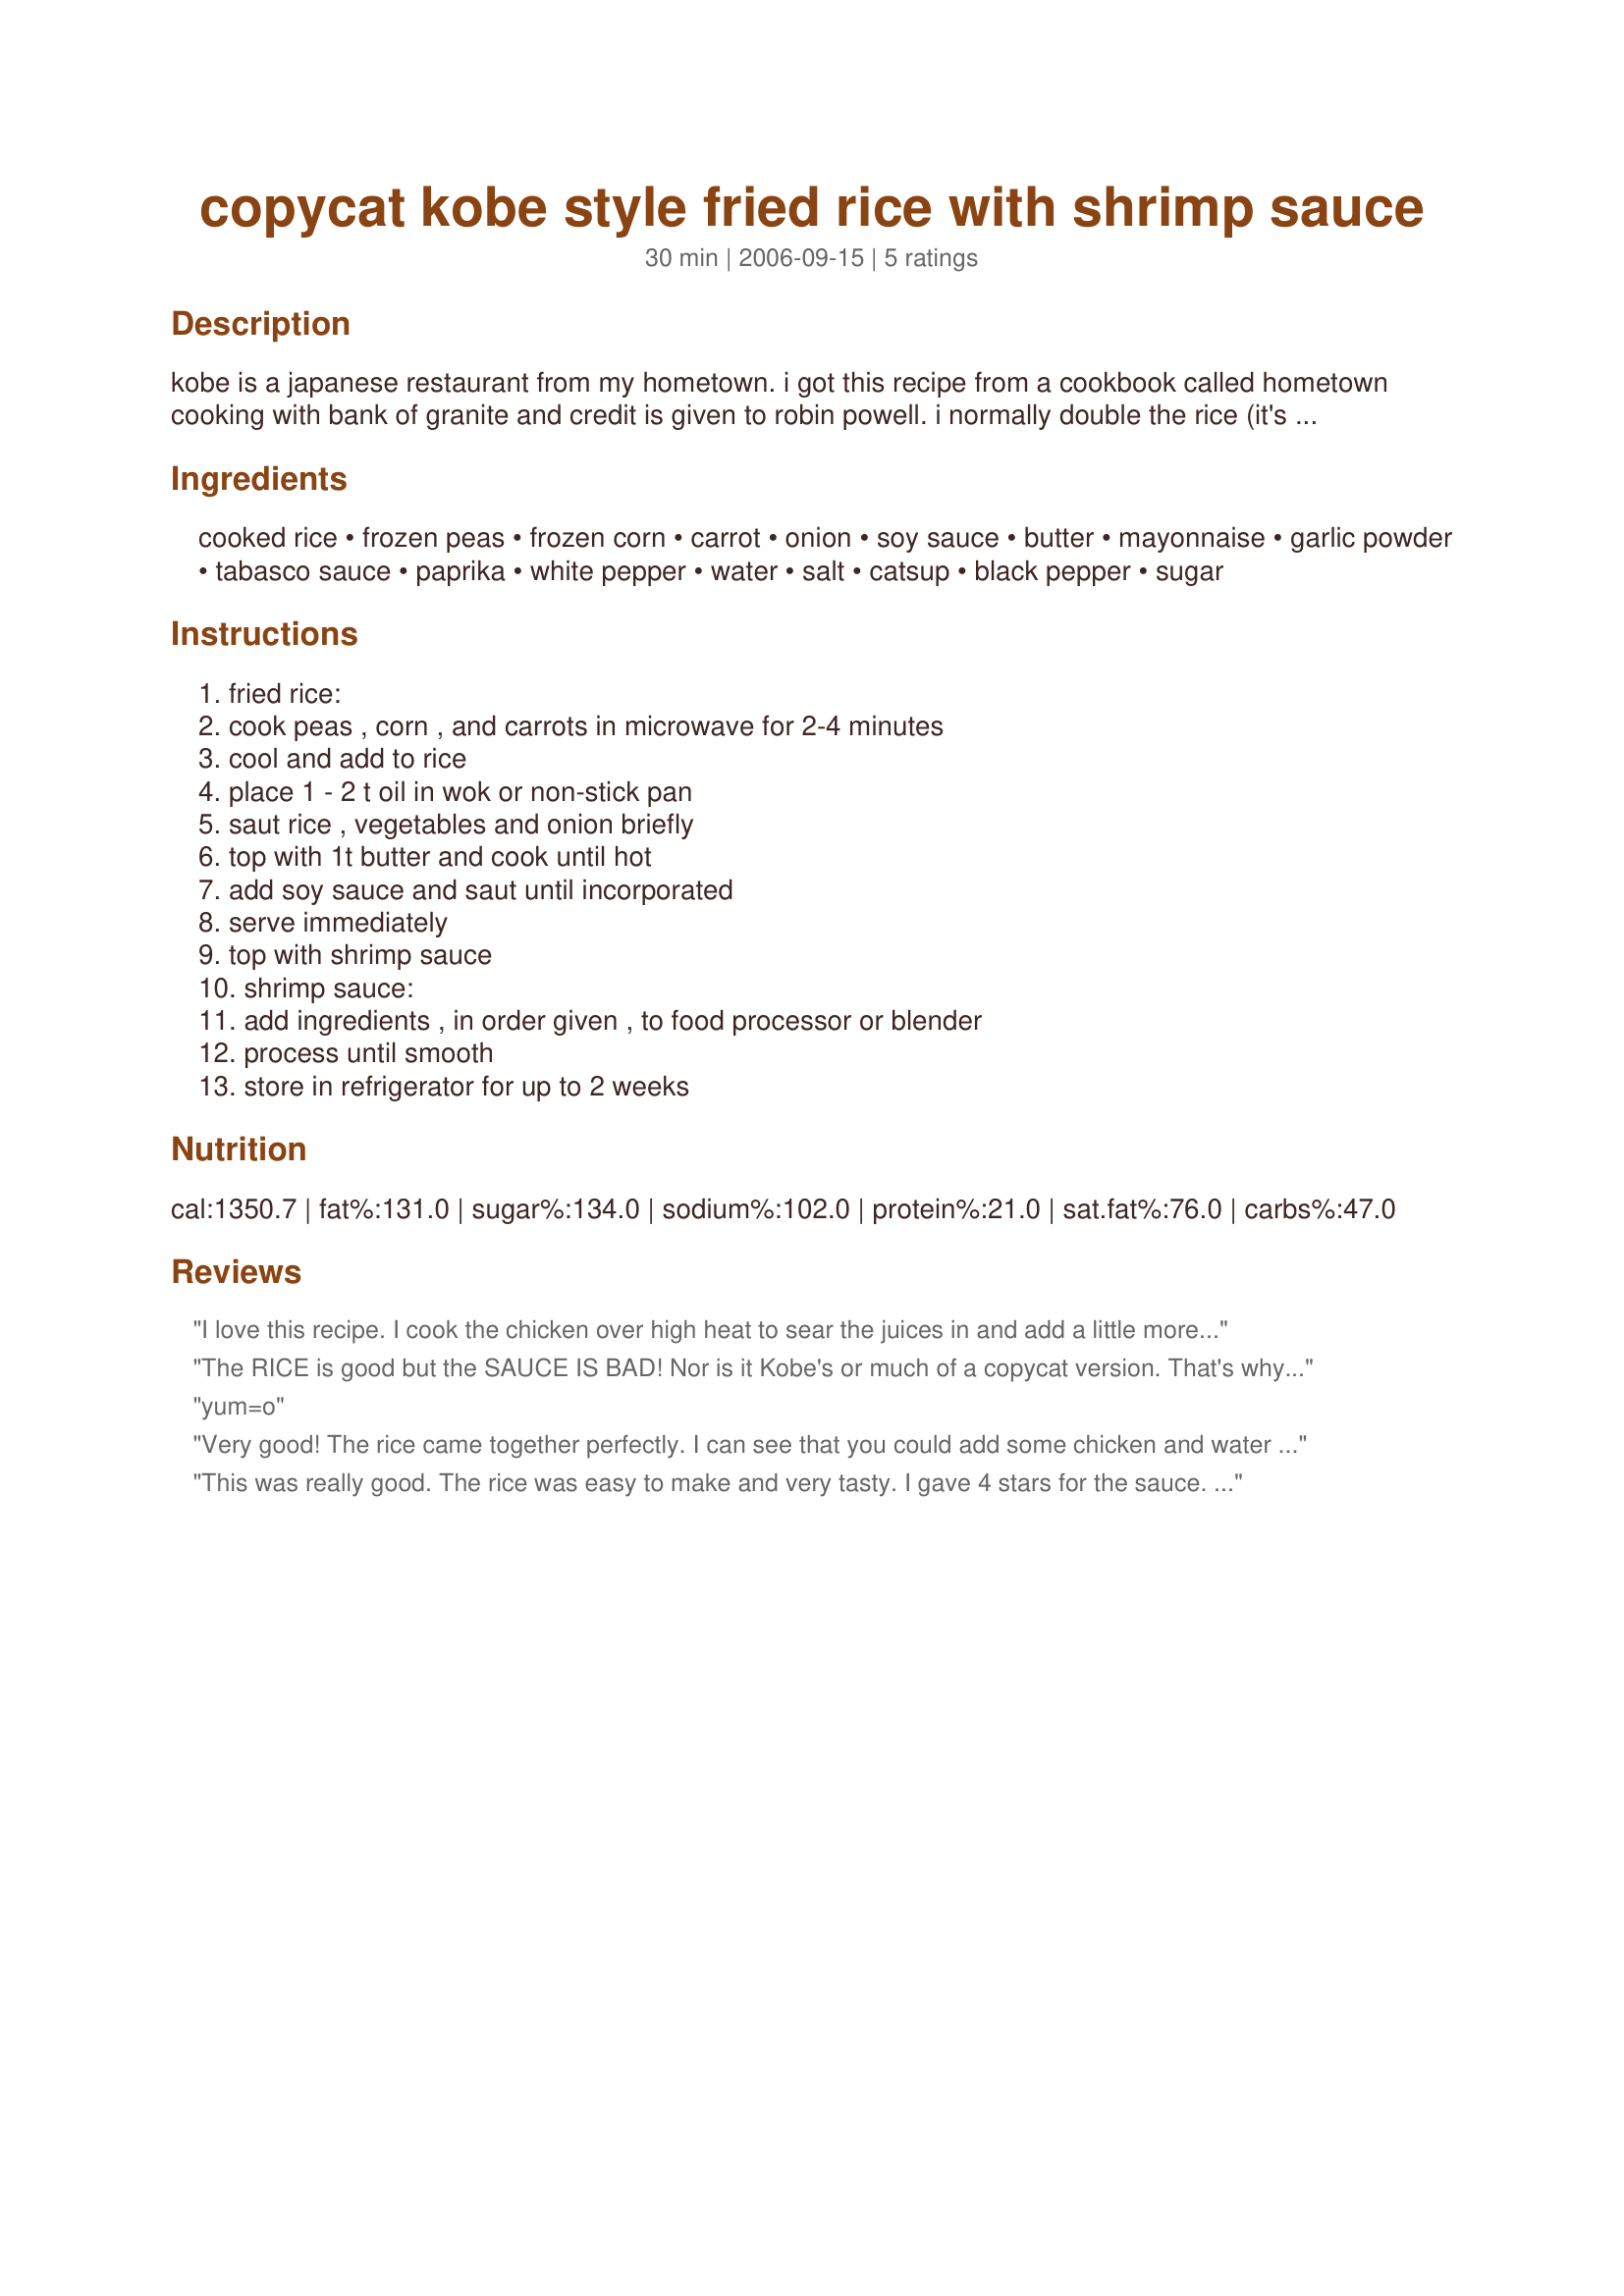
copycat kobe style fried rice with shrimp sauce
Preparation time: 30 minutes

kobe is a japanese restaurant from my hometown. i got this recipe from a cookbook called hometown cooking with bank of granite and credit is given to robin powell. i normally double the rice (it's that good!) and 1/2 the "shrimp sauce" as it goes a long way. i am listing it here exactly as it is printed. ps- shrimp sauce is kobe's name for it there is no shrimp anywhere near it. i serve it with recipe #186388.

Ingredients:
cooked rice, frozen peas, frozen corn, carrot, onion, soy sauce, butter, mayonnaise, garlic powder, tabasco sauce, paprika, white pepper, water, salt, catsup, black pepper, sugar

Steps:
fried rice:, cook peas , corn , and carrots in microwave for 2-4 minutes, cool and add to rice, place 1 - 2 t oil in wok or non-stick pan, saut rice , vegetables and onion briefly, top with 1t butter and cook until hot, add soy sauce and saut until incorporated, serve immediately, top with shrimp sauce, shrimp sauce:, add ingredients , in order given , to food processor or blender, process until smooth, store in refrigerator for up to 2 weeks

Reviews:
I love this recipe. I cook the chicken over high heat to sear the juices in and add a little more tobasco to the shrimp sauce 'cause I like it HOT!! My family asks for it all of the time!!!
The RICE is good but the SAUCE IS BAD! Nor is it Kobe's or much of a copycat version. That's why only 2 stars. As for Kobe's fried rice, I just had their hibachi grill and watch them cook the rice. They used NO VEG OR SOY SAUCE! It's white cooked riced slightly cooled, a whole lot of butter, a little shake; which they then squirt into all 21 mouthes to see if you can do it for the count of 10 in Japanese and then add more shake to the rice. Tossed it around some more and served it to us as he went to cook the rest of our meal. The grilling is what gave it the slightly brown look fried rice is known for and not form soy sauce. As for the sauce at Kobes they have never called it shrimp sauce when i order sushi/sashimi or when served with their lunch menu. When I'd ask what the sauce was or simple asked for the orange sauce served with rice. The call it YUM YUM Sauce. The first time I laughed at the guy thinking he was joking until I asked my Cantonese and my Filipino friends if they knew what it really was called. They all called YUM YUM Sauce but it is also known as Shrimp Sauce, or Sakura Sauce. They told me how to make after giving me some Japanese style mayo (or make american mayo w/o sugar and use rice vinegar and add MSG - sold under the name Accent in the midwest) 1/2 c japanese mayo 1 tsp sriracha. They also said that in their homes it is use much like we use ranch dressing...on everything! Just thought I'd share that the sauce does have other names and even though the rice is good the sauce was the worse i'd ever had second only to those that use tomato paste where chefcrystal used ketchup. I don't think this recipe should be called a copycat version. Maybe call it Chefcrystal's fried rice with shrimp sauce.
yum=o
Very good! The rice came together perfectly. I can see that you could add some chicken and water chestnuts etc. I sauteed my vegetables for about 3 minutes before adding the rice, just a preference. 
The sauce was a nice creamy sauce that compliments the rice as well as the chicken I served with it, it reminds me of a salad dressing.
This was really good. The rice was easy to make and very tasty. I gave 4 stars for the sauce. I did it exactly(even used Dukes mayo) but it was very runny and bubbly. I think I will leave the water out next time or just use a little to get the consistancy. It was tasty though.
